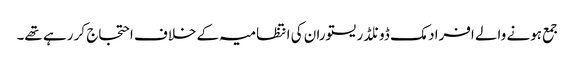
جمع ہونے والے افراد مک ڈونلڈ ریستوران کی انتظامیہ کے خلاف احتجاج کر رہے تھے۔